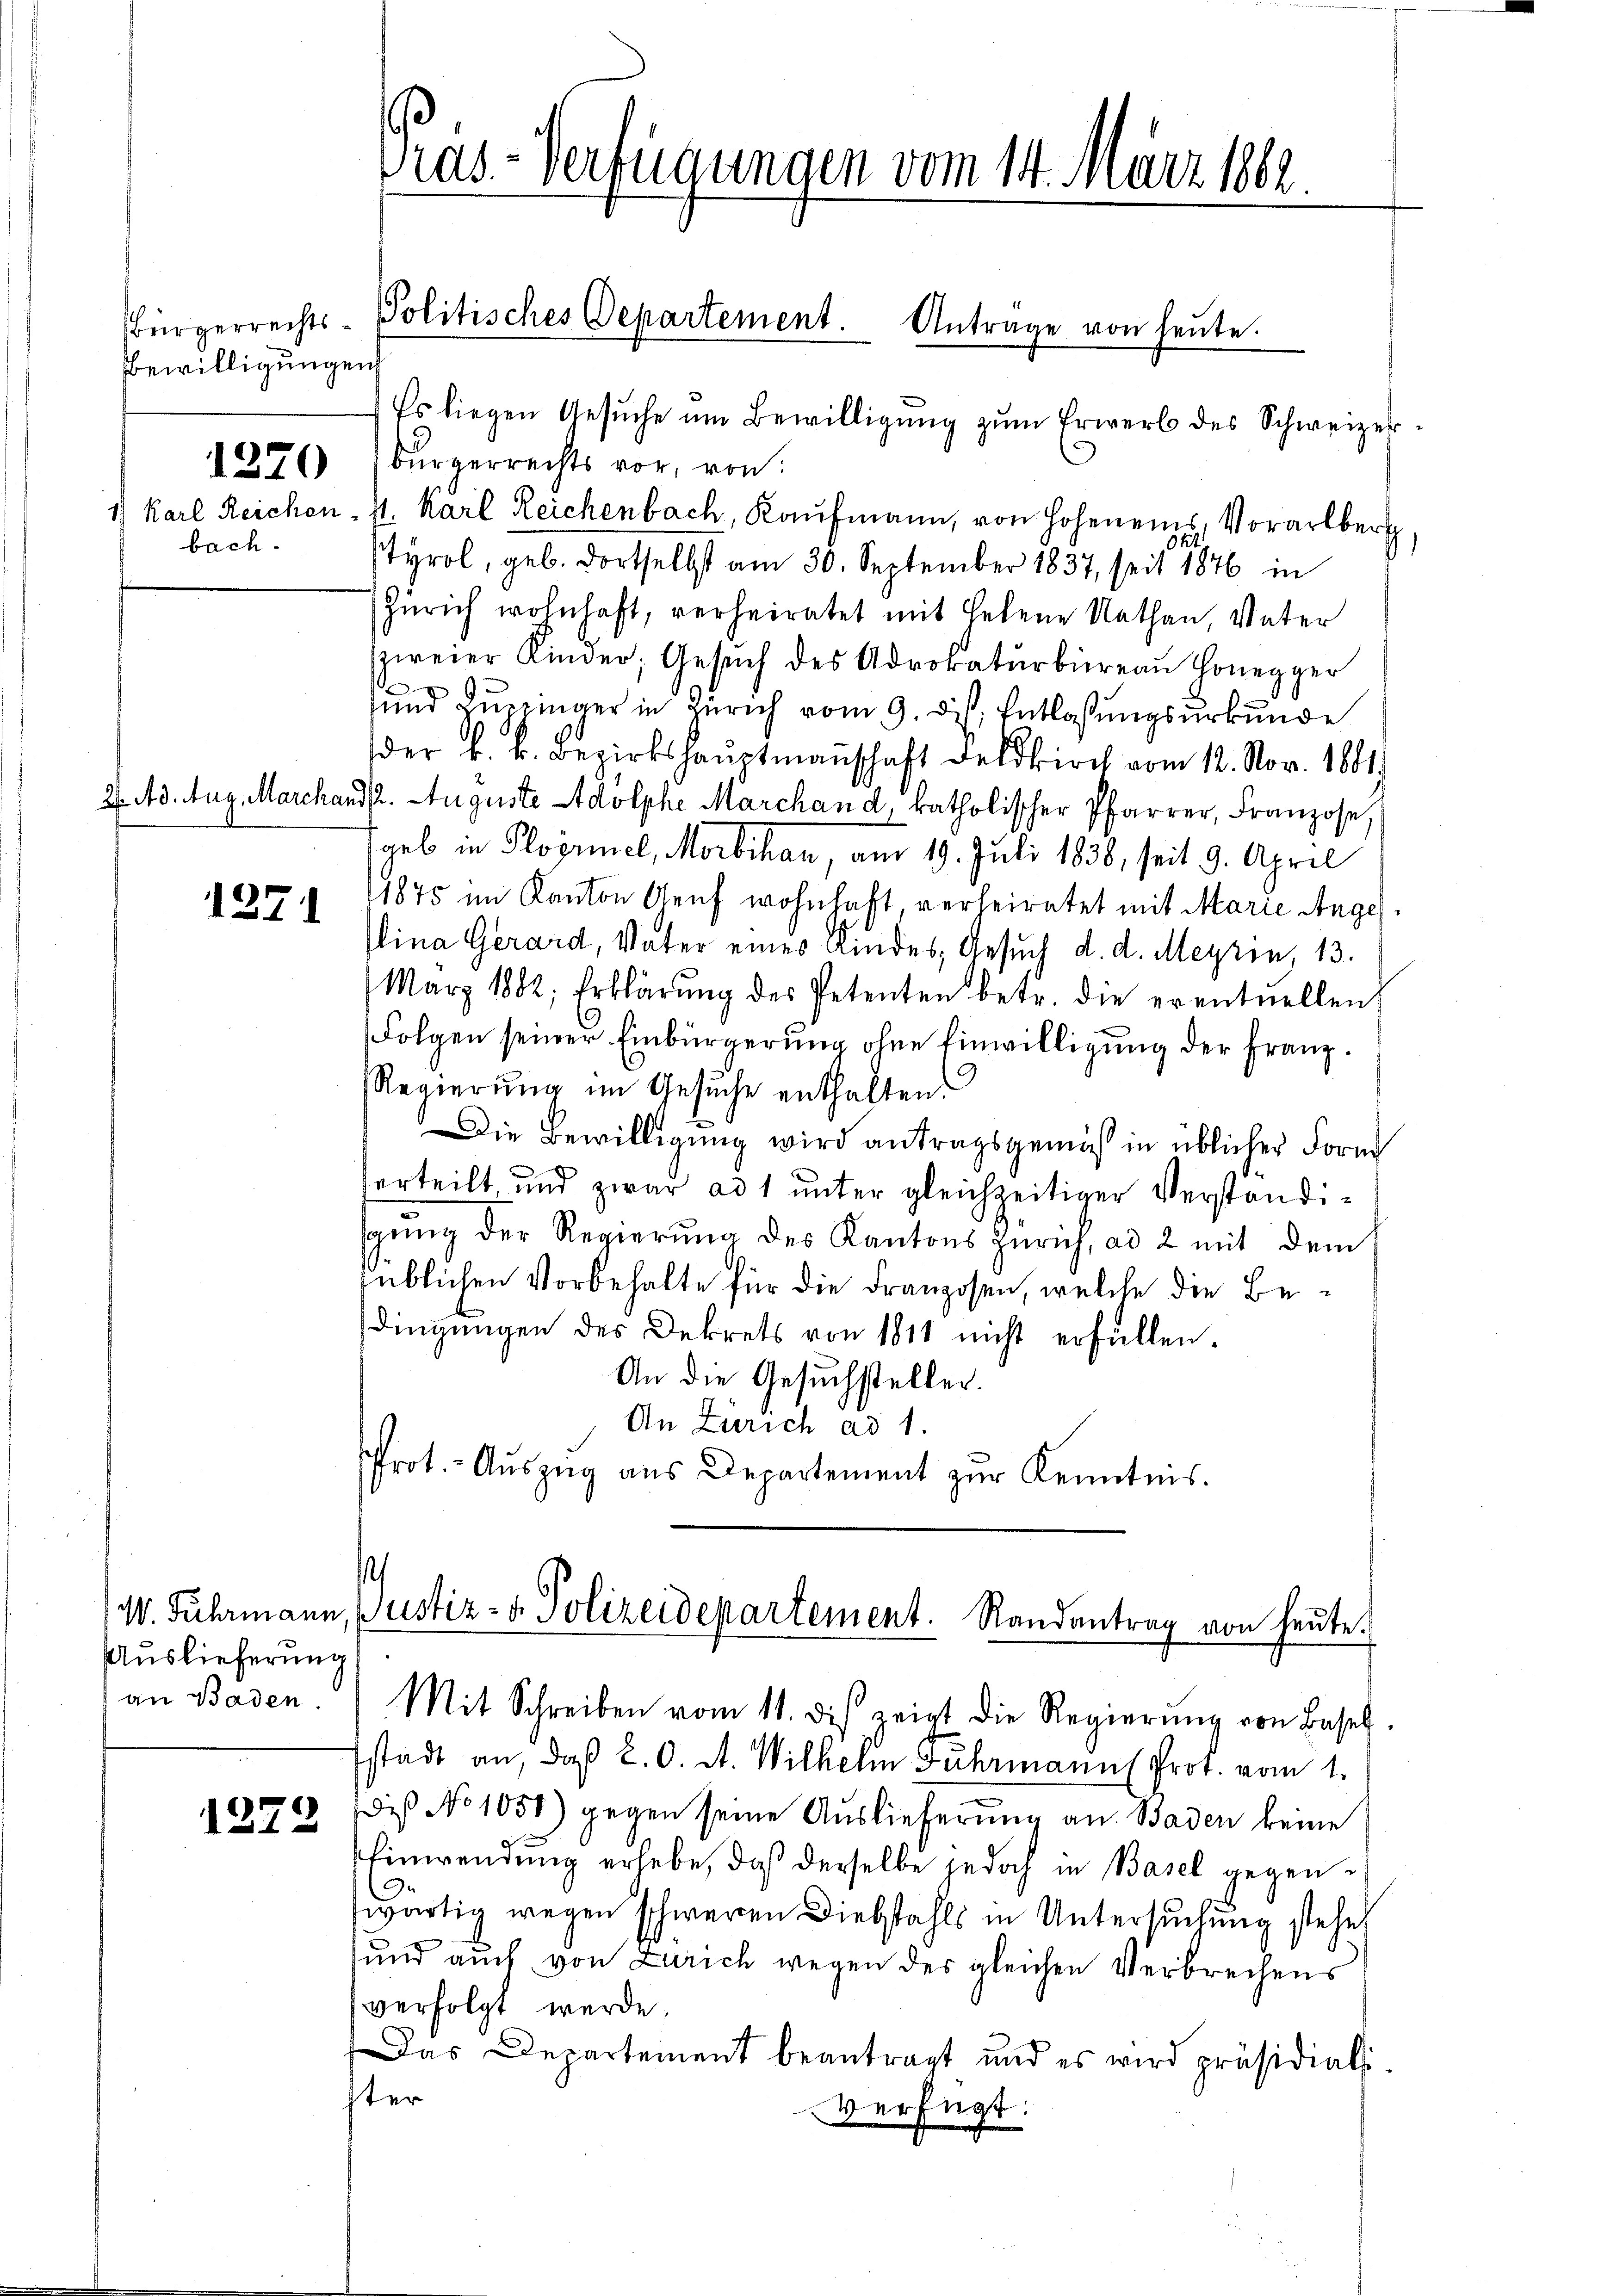
Bewilligungen
1270
bach.

1271

Es liegen Gesŭche um Bewilligung zum Erwerb des Schweizer¬
Bürgerrechts vor, von:
1) Karl Reichen, s. Karl Reichenbach, Kaŭfmann, von Hohenens, Vorarlberg
tyrol, geb. dortselbst am 30. September 1837, seit 1876 in
Zürich wohnhaft, verheiratet mit Helene Nathan, Vater
zweier Kinder, Gesŭch des Advokaturbüreaŭ Honegger
und Zuppinger in Zürich vom 9. ds. Entlaßungsurkunde
der k. k. Bezirkshauptmannschaft Feldkirch vom 12. Nov. 1881.
2. Ad. Aug. Marchandl. Auguste Adolphe Marchand, katholischer Pfarrer, Franzose,
geb in Ploörinel, Morbihan, am 19. Juli 1836, seit 9. April
11875 im Kanton Genf wohnhaft, verheiratet mit Marie Anger
lina Gerard, Vater eines Kindes, Gesuch d. d. Meyrin, 13.
März 1882, Erklärŭng des Petenten betr. die erentuellen.
Folgen seiner Einbürgerung ohne Einwilligung der Franz.
Regierung im Gesuche enthalten.
Die Bewilligung wird antragsgemäß in üblicher Form
verteilt und zwar ad 1 unter gleichzeitiger Verständigung der Regierung des Kantons Zürich, ad 2 mit dem
süblichen Vorbehalte für die Franzosen, welche die Bedingungen des Dekrets von 1811 nicht erfüllen.
An die Gesuchsteller.
An Zürich ad 1.
rot. - Auszug aus Departement zur Kenntnis.

Auslieferung
an Baden

1272

s

Präs. - Verfügungen vom 14. März 1862

Bürgerrechts-Politisches Departement. Antrage von heute.

W. Fuhrmann, Justiz- & Polizeidepartement. Randantrag von heute.
Mit Schreiben vom 11. dis zeigt die Regierŭng von Basel

stadt an, daß a. O. A. Wilhelm Fuhrmanns Prot. vom 1.
dis No 1051) gegen seine Auslieferung an Baden keine
Einwendung erhebe, daß derselbe jedoch in Basel gegenwärtig wegen schweren Diebstahls in Untersuchung stehe
und auch von Zürich wegen des gleichen Verbrechens
verfolgt werde.
Das Departement beantragt und es wird präsidials
ster
verfügt: